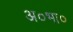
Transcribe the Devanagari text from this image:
अ०भा०